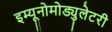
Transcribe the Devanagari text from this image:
इम्यूनोमोड्युलेटरी